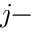
j -